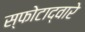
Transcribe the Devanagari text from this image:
स्फोटाद्वारे